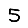
Digit: 5